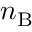
n _ { \mathrm { B } }